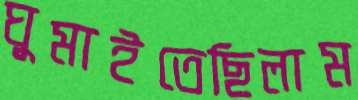
ঘুমাইতেছিলাম